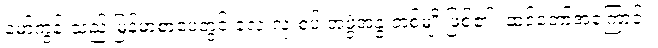
မော်ကွန်းသည် မြန်မာစာပေတွင် လေးလုံးစပ် အဖွဲ့အနွဲ့ တစ်မျိုးဖြစ်၏။ ဆင်တော်အကြောင်း၊